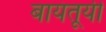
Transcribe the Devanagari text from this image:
बायंतूयी